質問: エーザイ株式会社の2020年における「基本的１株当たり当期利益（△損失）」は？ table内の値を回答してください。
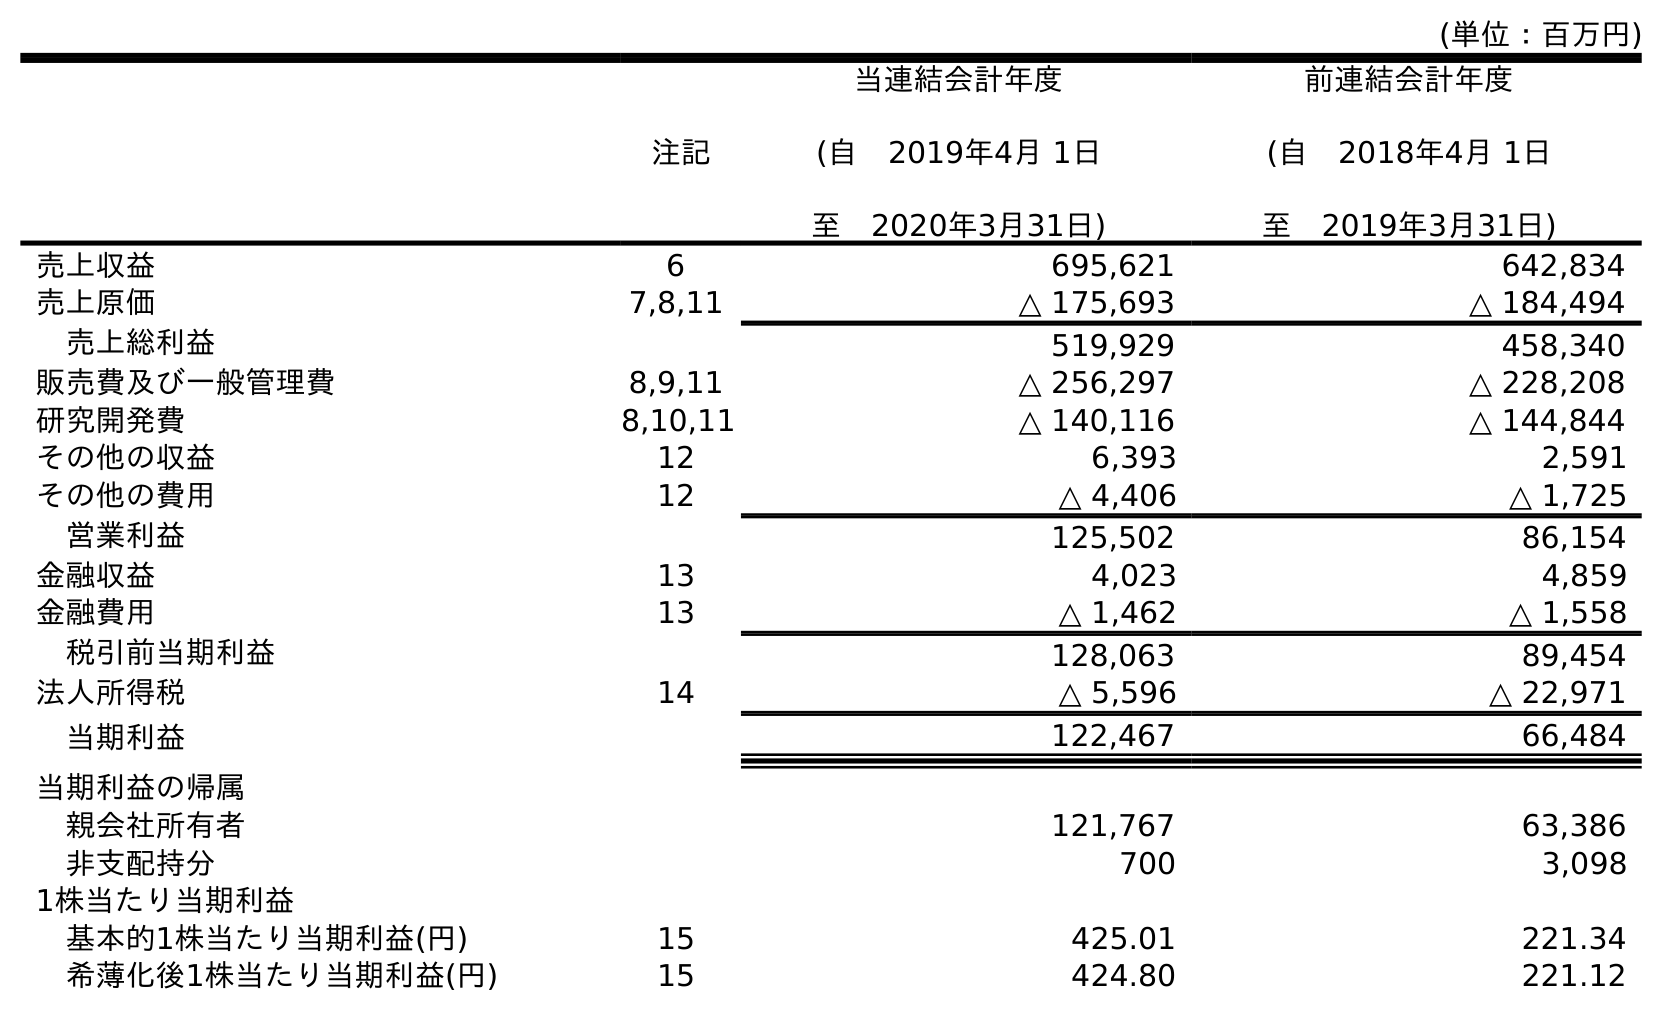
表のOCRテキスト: (単位：百万円) 注記 当連結会計年度 (自 2019年4月 1日 至 2020年3月31日) 前連結会計年度 (自 2018年4月 1日 至 2019年3月31日) 売上収益 6 695,621 642,834 売上原価 7,8,11 △ 175,693 △ 184,494 売上総利益 519,929 458,340 販売費及び一般管理費 8,9,11 △ 256,297 △ 228,208 研究開発費 8,10,11 △ 140,116 △ 144,844 その他の収益 12 6,393 2,591 その他の費用 12 △ 4,406 △ 1,725 営業利益 125,502 86,154 金融収益 13 4,023 4,859 金融費用 13 △ 1,462 △ 1,558 税引前当期利益 128,063 89,454 法人所得税 14 △ 5,596 △ 22,971 当期利益 122,467 66,484 当期利益の帰属 親会社所有者 121,767 63,386 非支配持分 700 3,098 1株当たり当期利益 基本的1株当たり当期利益(円) 15 425.01 221.34 希薄化後1株当たり当期利益(円) 15 424.80 221.12
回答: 425.01